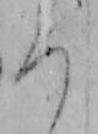
ろ